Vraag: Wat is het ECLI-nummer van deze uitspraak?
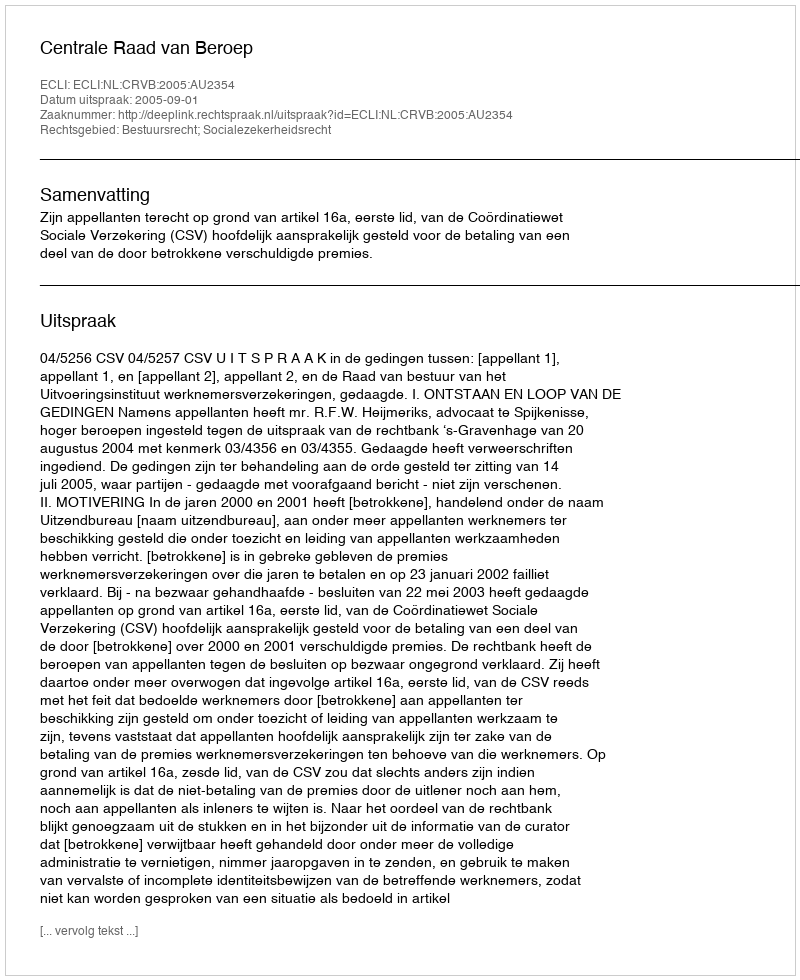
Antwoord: ECLI:NL:CRVB:2005:AU2354